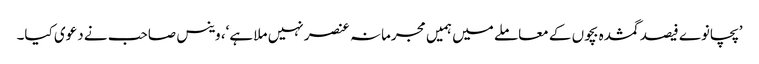
’پچانوے فیصد گمشدہ بچوں کے معاملے میں ہمیں مجرمانہ عنصر نہیں ملا ہے‘، وینس صاحب نے دعوی کیا۔